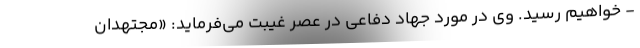
- خواهیم رسید. وی در مورد جهاد دفاعی در عصر غیبت می‌فرماید: «مجتهدان